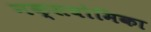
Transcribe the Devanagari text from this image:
नक्सवोमिका